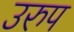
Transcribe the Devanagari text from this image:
उरुप